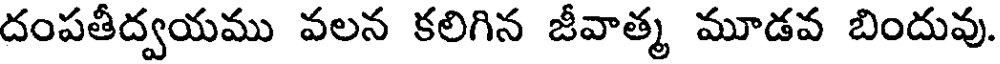
దంపతీద్వయము వలన కలిగిన జీవాత్మ మూడవ బిందువు.